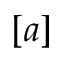
[ a ]